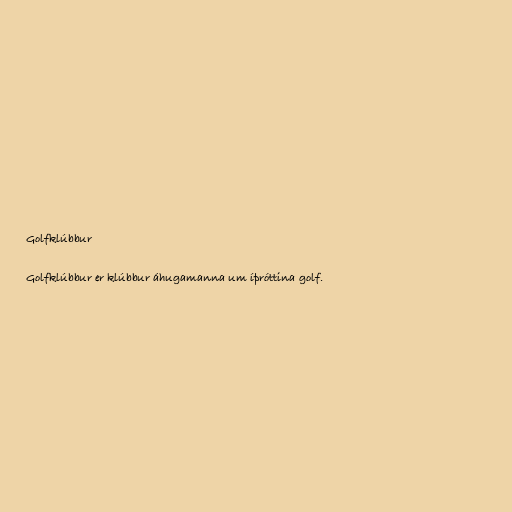
Golfklúbbur

Golfklúbbur er klúbbur áhugamanna um íþróttina golf.